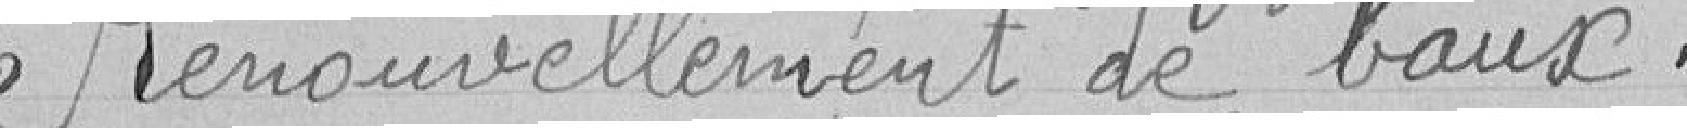
Renouvellement de baux .